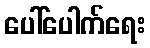
ပေါ်ပေါက်ရေး